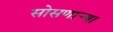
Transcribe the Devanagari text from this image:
सोसणाऱ्या